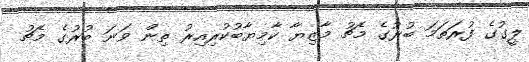
ލީގުގެ ފުރަތަމަ ބުރުގެ މެޗު މާޒިޔާ ކާމިޔާބުކުރިއިރު ތިން ވަނަ ބުރުގެ މެޗު